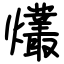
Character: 爜